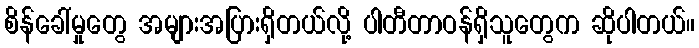
စိန်ခေါ်မှုတွေ အများအပြားရှိတယ်လို့ ပါတီတာဝန်ရှိသူတွေက ဆိုပါတယ်။